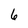
Character: 6